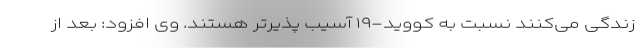
زندگی می‌کنند نسبت به کووید-۱۹ آسیب پذیرتر هستند. وی افزود: بعد از